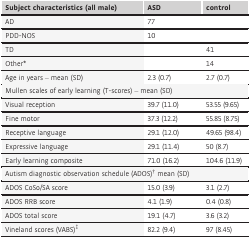
<table><thead><tr><td><b>Subject characteristics (all male)</b></td><td><b>ASD</b></td><td><b>control</b></td></tr></thead><tbody><tr><td>AD</td><td>77</td><td></td></tr><tr><td>PDD‐NOS</td><td>10</td><td></td></tr><tr><td>TD</td><td></td><td>41</td></tr><tr><td>Othera</td><td></td><td>14</td></tr><tr><td>Age in years – mean (SD)</td><td>2.3 (0.7)</td><td>2.7 (0.7)</td></tr><tr><td colspan="3">Mullen scales of early learning (T‐scores) – mean (SD)</td></tr><tr><td>Visual reception</td><td>39.7 (11.0)</td><td>53.55 (9.65)</td></tr><tr><td>Fine motor</td><td>37.3 (12.2)</td><td>55.85 (8.75)</td></tr><tr><td>Receptive language</td><td>29.1 (12.0)</td><td>49.65 (98.4)</td></tr><tr><td>Expressive language</td><td>29.1 (11.4)</td><td>50 (8.7)</td></tr><tr><td>Early learning composite</td><td>71.0 (16.2)</td><td>104.6 (11.9)</td></tr><tr><td colspan="3">Autism diagnostic observation schedule (ADOS)b mean (SD)</td></tr><tr><td>ADOS CoSo/SA score</td><td>15.0 (3.9)</td><td>3.1 (2.7)</td></tr><tr><td>ADOS RRB score</td><td>4.1 (1.9)</td><td>0.4 (0.8)</td></tr><tr><td>ADOS total score</td><td>19.1 (4.7)</td><td>3.6 (3.2)</td></tr><tr><td>Vineland scores (VABS)c</td><td>82.2 (9.4)</td><td>97 (8.45)</td></tr></tbody></table>